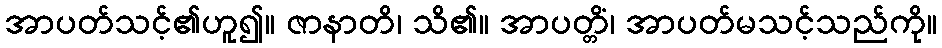
အာပတ်သင့်၏ဟူ၍။ ဇာနာတိ၊ သိ၏။ အာပတ္တိံ၊ အာပတ်မသင့်သည်ကို။